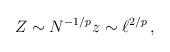
LaTeX: \begin{align*}Z \sim N^{-1/p} z\sim \ell^{2/p}\, ,\end{align*}